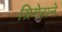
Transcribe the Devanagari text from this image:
ग्रिगेराने